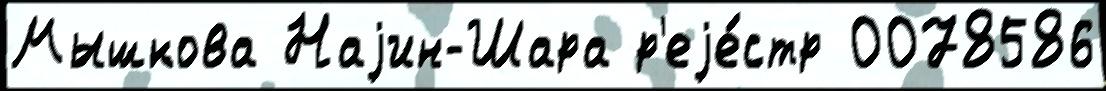
Мышкова Наjин-Шара р'еjе́стр 0078586